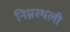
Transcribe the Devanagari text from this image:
निम्नस्थली